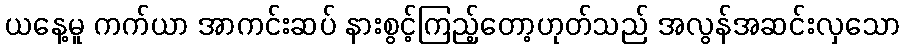
ယနေ့မူ ကက်ယာ အာကင်းဆပ် နားစွင့်ကြည့်တော့ဟုတ်သည် အလွန်အဆင်းလှသော